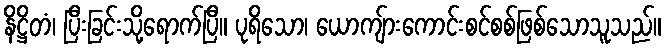
နိဋ္ဌိတံ၊ ပြီးခြင်းသို့ရောက်ပြီ။ ပုရိသော၊ ယောကျ်ားကောင်းစင်စစ်ဖြစ်သောသူသည်။